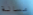
مسالة